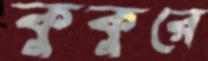
কুকুরে